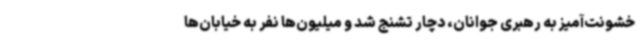
خشونت‌آمیز به رهبری جوانان، دچار تشنج شد و میلیون‌ها نفر به خیابان‌ها